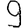
Digit: 9